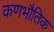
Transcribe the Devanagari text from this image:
कणभौतिक